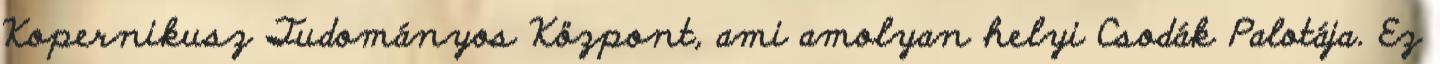
Kopernikusz Tudományos Központ, ami amolyan helyi Csodák Palotája. Ez